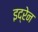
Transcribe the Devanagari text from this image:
इद्रेन